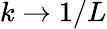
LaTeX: k\rightarrow 1/L